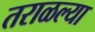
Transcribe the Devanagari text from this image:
तराळल्या